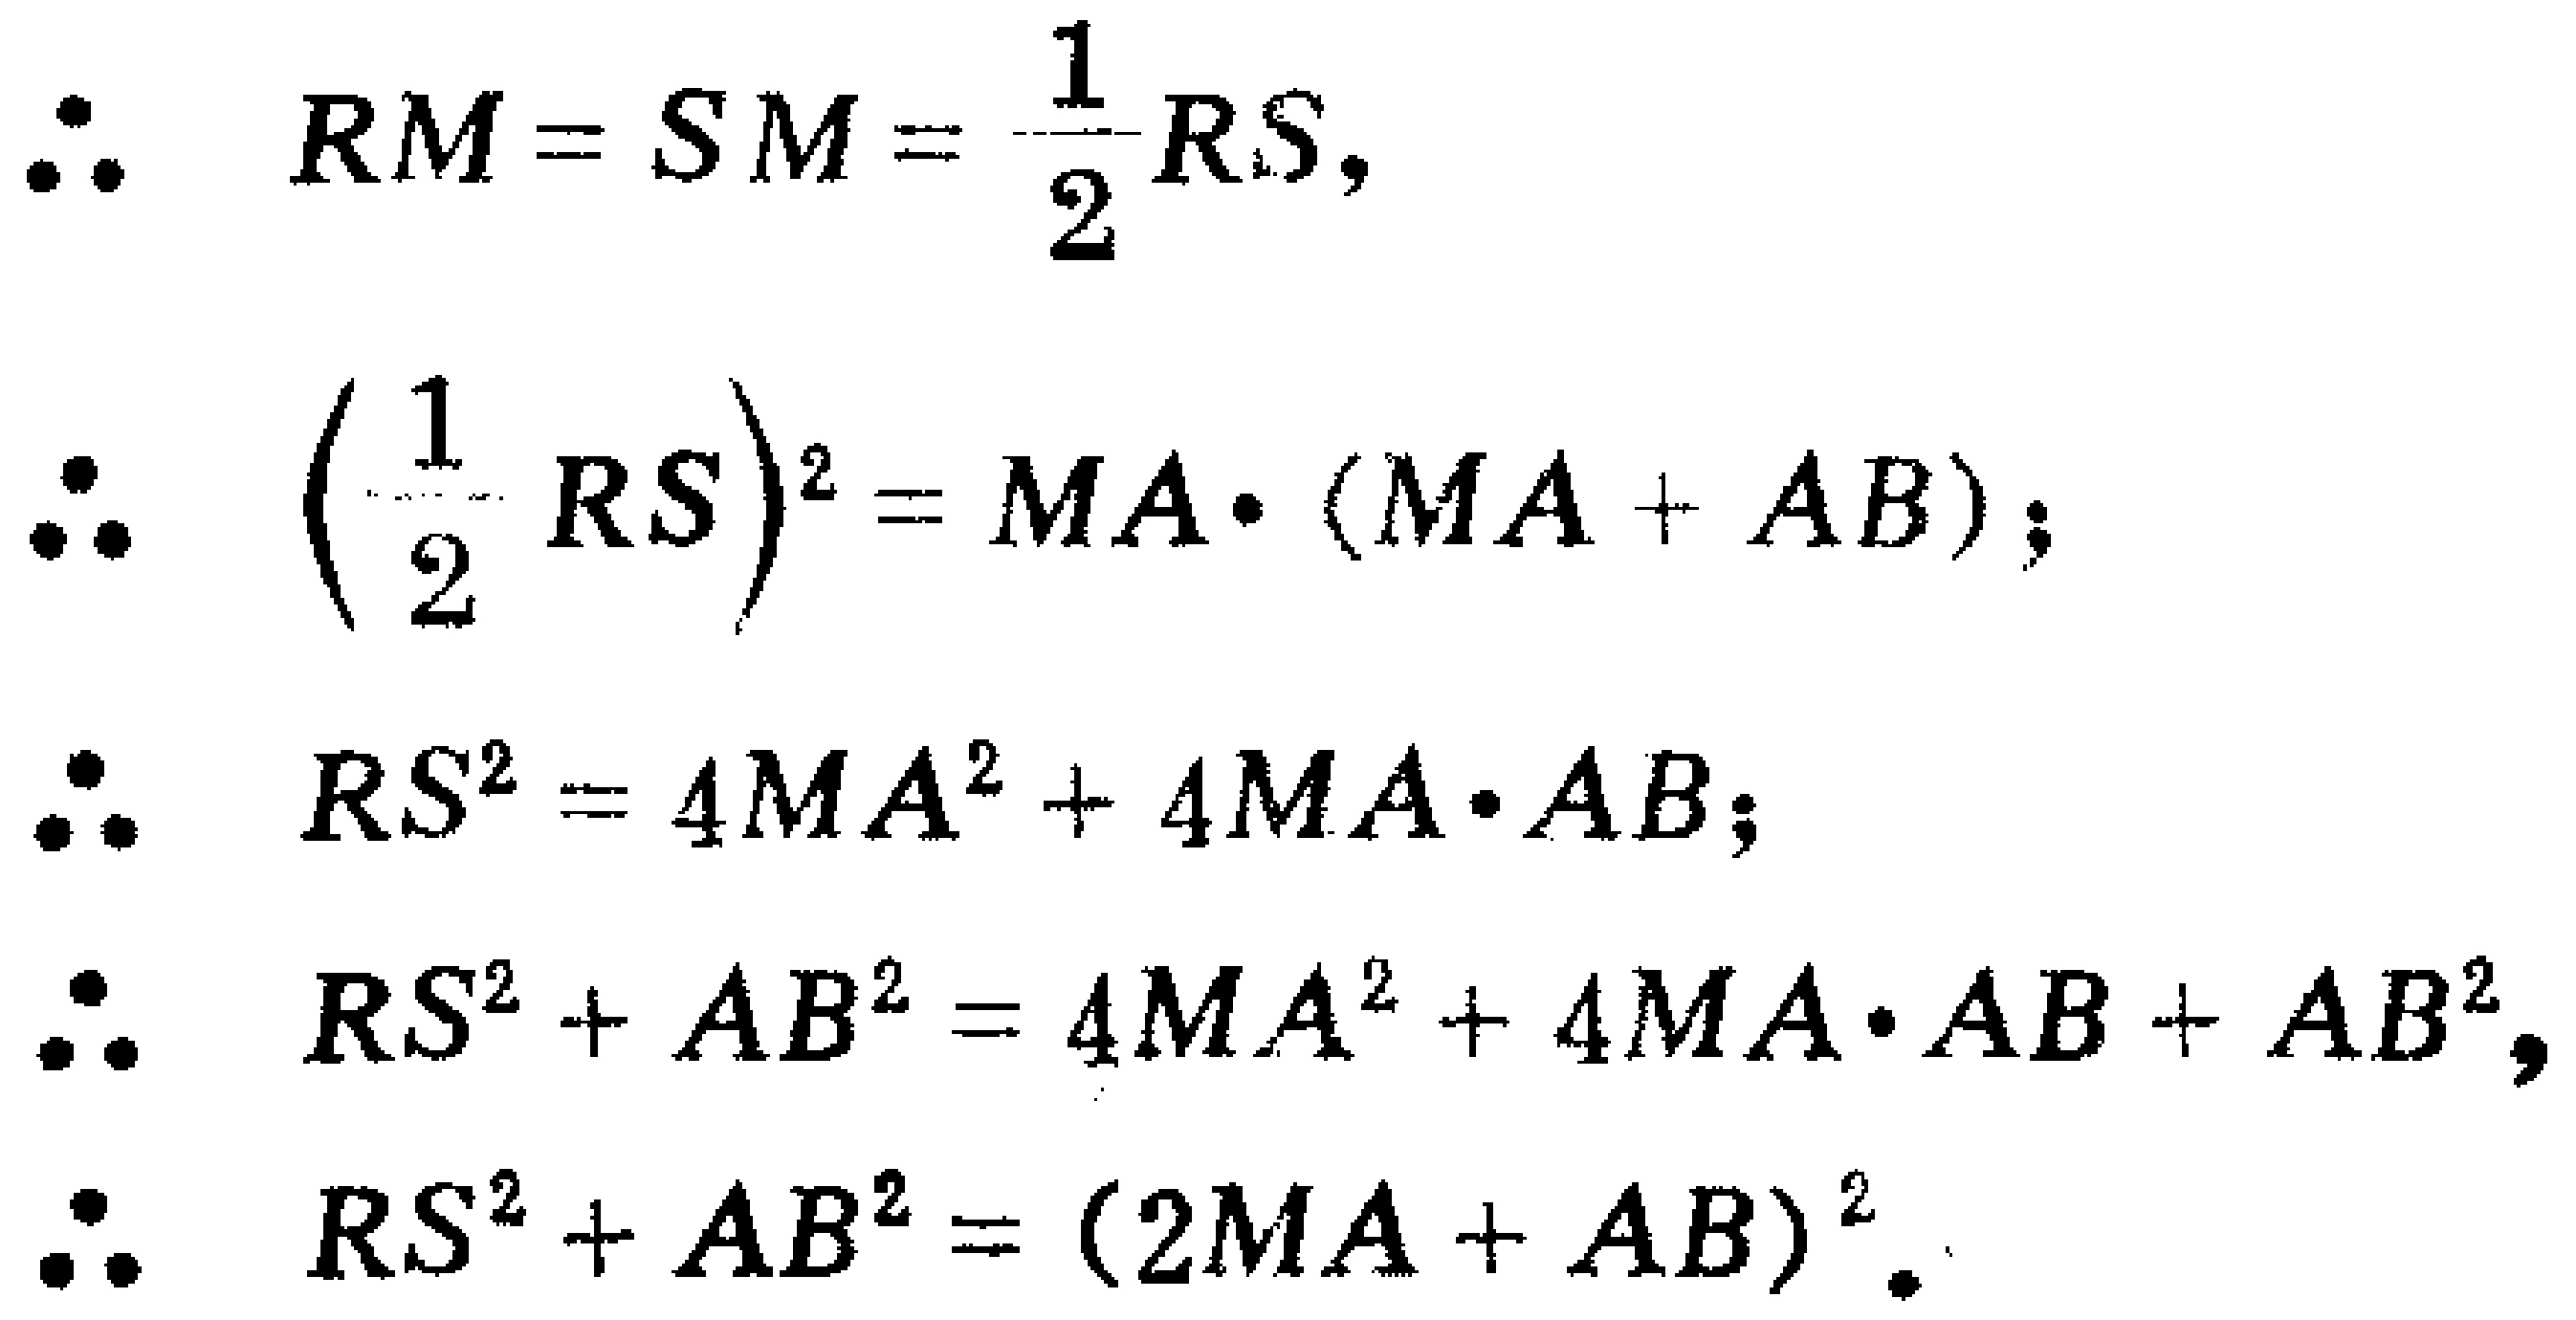
\begin{align*}
\therefore\quad RM = SM&=\frac{1}{2}RS,\\
\therefore\quad \left(\frac{1}{2}RS\right)^2&=MA\cdot(MA + AB);\\
\therefore\quad RS^2&=4MA^2 + 4MA\cdot AB;\\
\therefore\quad RS^2+AB^2&=4MA^2 + 4MA\cdot AB+AB^2,\\
\therefore\quad RS^2+AB^2&=(2MA + AB)^2.
\end{align*}